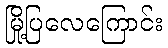
မြို့ပြလေကြောင်း